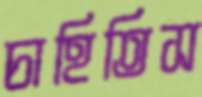
চাহিতিস